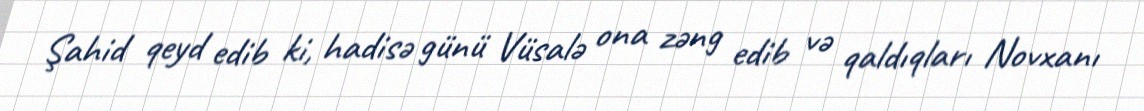
Şahid qeyd edib ki, hadisə günü Vüsalə ona zəng edib və qaldıqları Novxanı